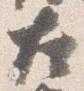
左